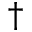
\dagger